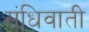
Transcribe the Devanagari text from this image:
संधिवाती